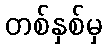
တစ်နှစ်မှ